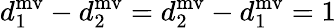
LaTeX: d_{1}^{\mathrm{mv}}-d_{2}^{\mathrm{mv}}=d_{2}^{\mathrm{mv}}-d_{1}^{\mathrm{mv}}=1